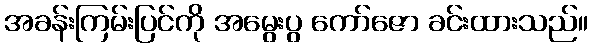
အခန်းကြမ်းပြင်ကို အမွေးပွ ကော်ဇော ခင်းထားသည်။